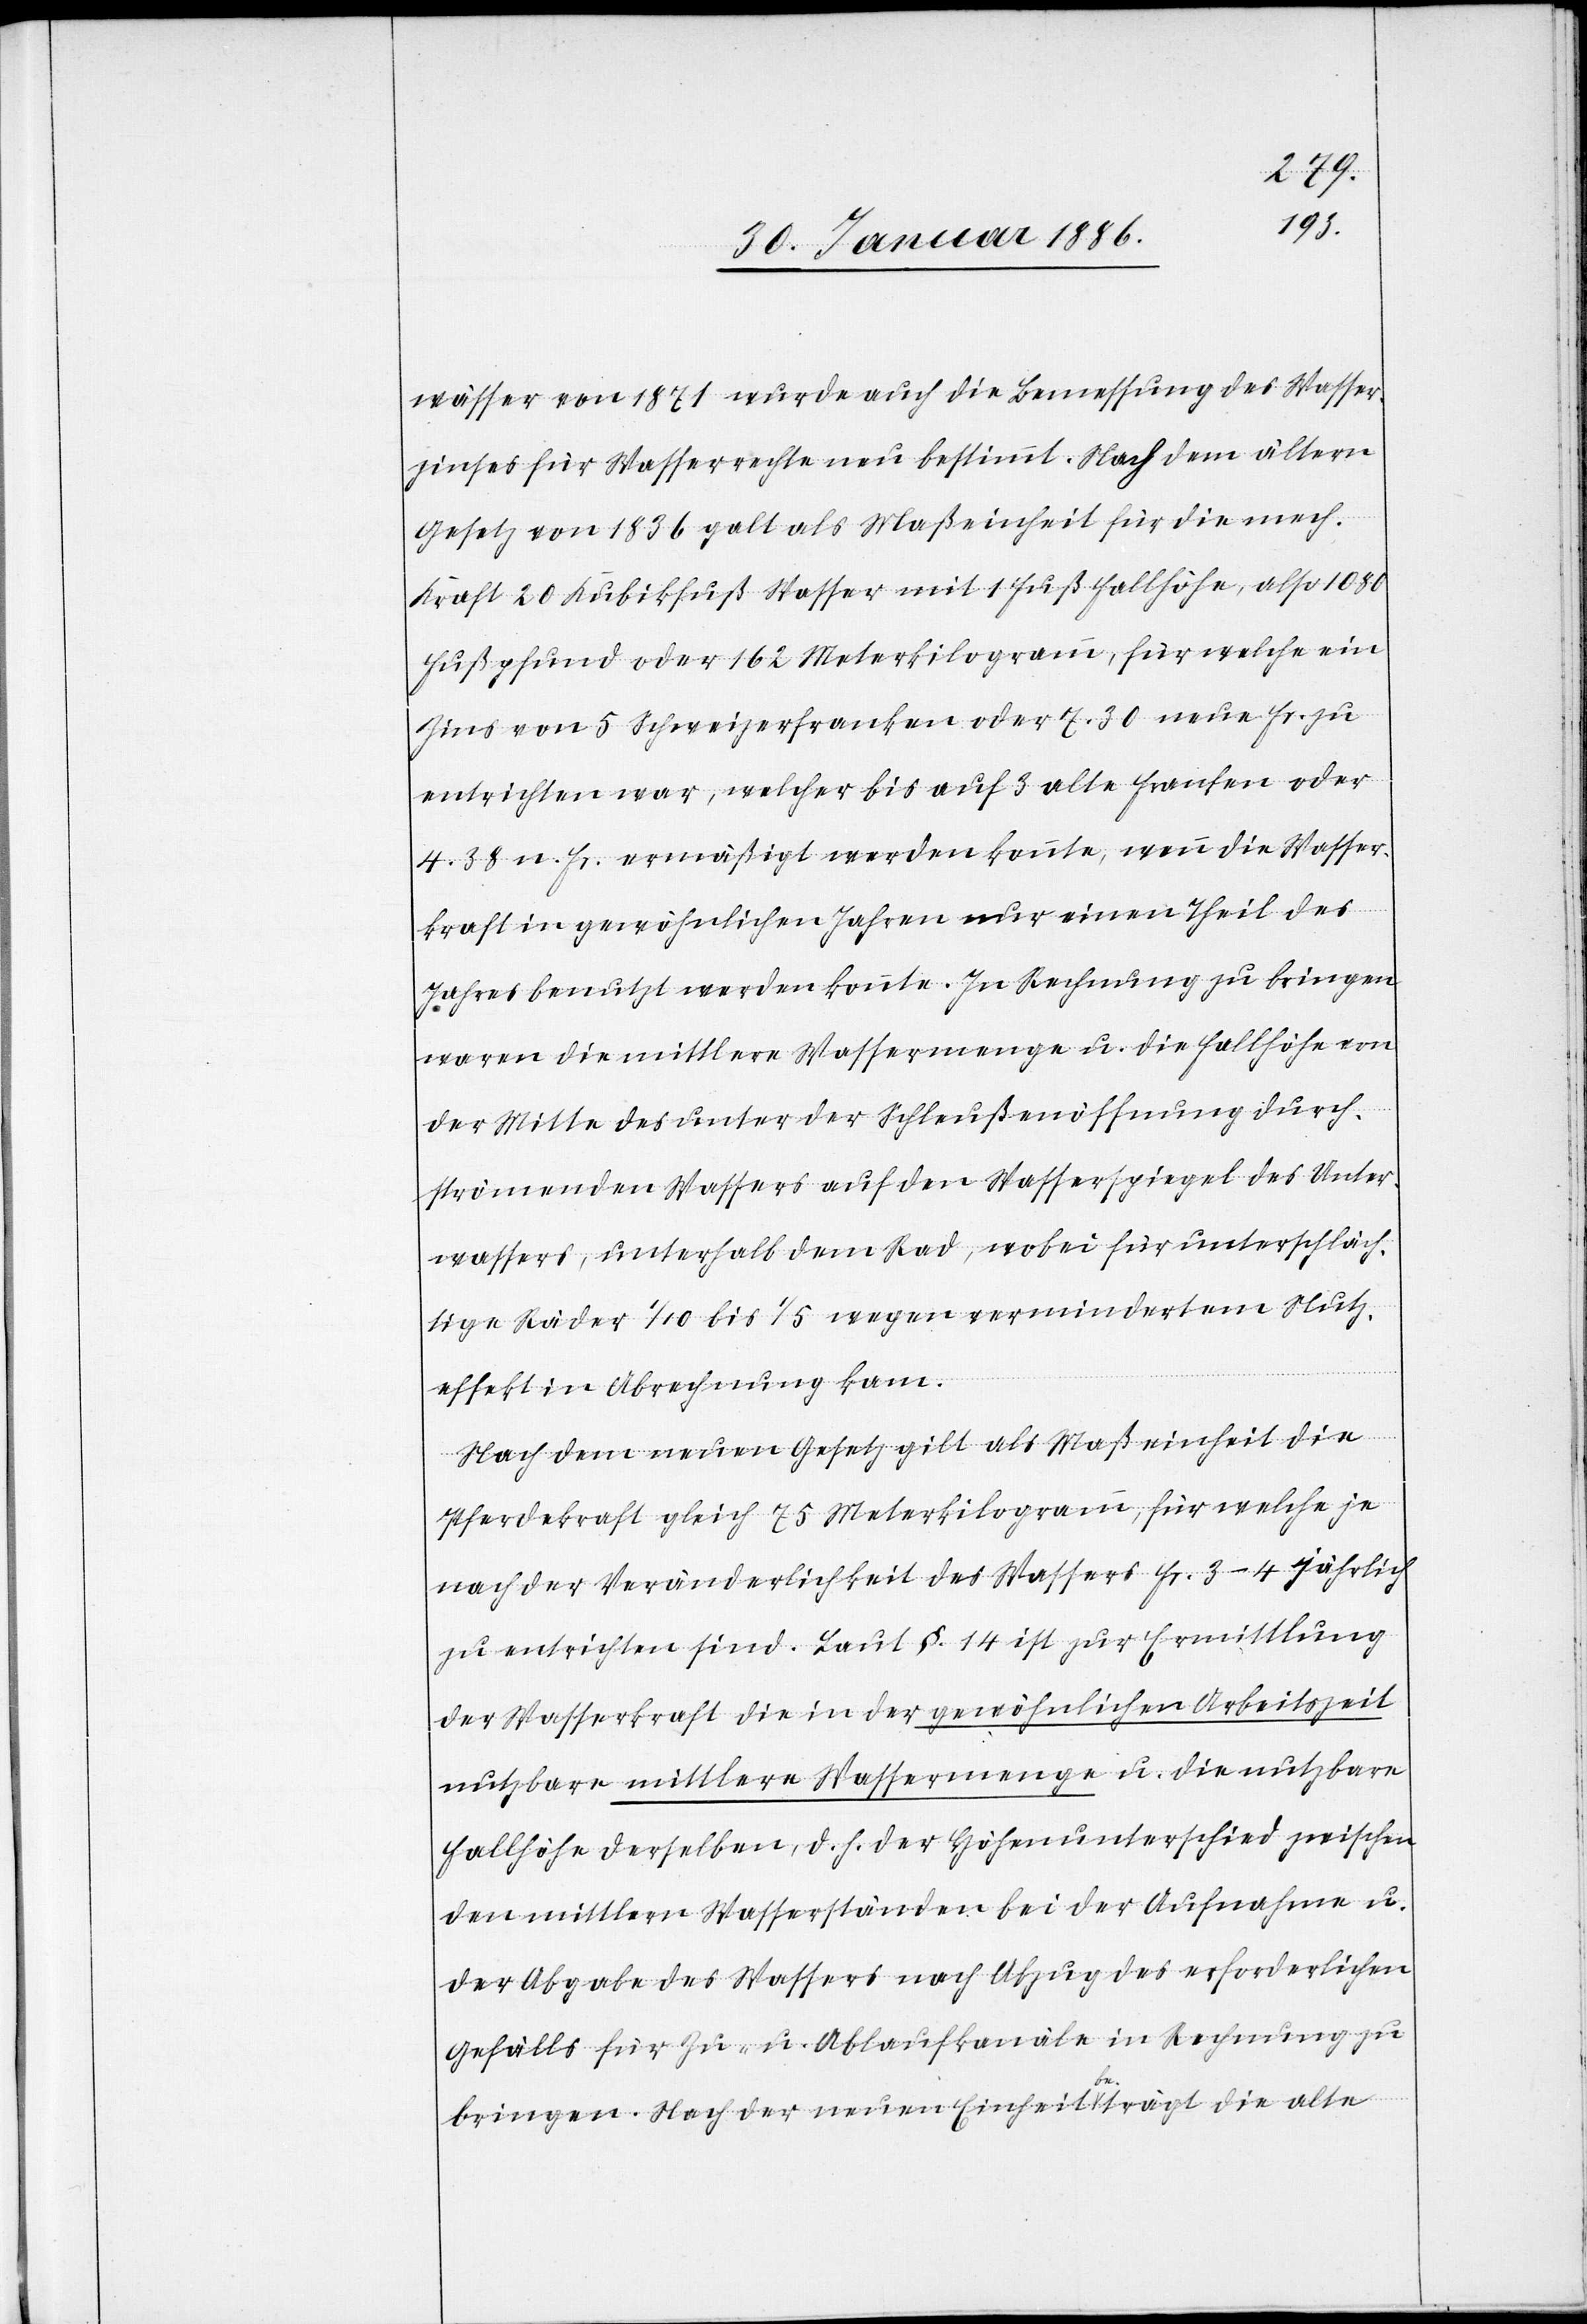
wässer von 1871 wurde auch die Bemessung des Wasser¬
zinses für Wasserrechte neu bestimmt. Nach dem ältern
Gesetz von 1836 galt als Maßeinheit für die mech.
Kraft 20 Kubikfuß Wasser mit 1 Fuß Fallhöhe, also 1080
Fußpfund oder 162 Meterkilogramm, für welche ein
Zins von 5 Schweizerfranken oder 7. 30 neue Fr. zu
entrichten war, welcher bis auf 3 alte Franken oder
4,38 n. Fr. ermäßigt werden konnte, wenn die Wasser¬
kraft in gewöhnlichen Jahren nur einen Theil des
Jahres benutzt werden könnte. In Rechnung zu bringen
waren die mittlere Wassermenge u. die Fallhöhe von
der Mitte des unter der Schlußöffnung durch¬
strömenden Wassers auf den Wasserspiegel des Unter¬
wassers, unterhalb dem Rad, wobei für unterschläch¬
tige Räder 1/10 bis 1/5 wegen verminderten Nutz¬
effekt in Abrechnung kam.
Nach dem neuen Gesetz gilt als Maßeinheit die
Pferdekraft gleich 75 Meterkilogramm, für welche je
nach der Veränderlichkeit des Wassers Fr. 3–4 jährlich
zu entrichten sind. Laut §. 14 ist zur Ermittlung
der Wasserkraft die in der gewöhnlichen Arbeitszeit
nutzbare mittlere Wassermenge u. die nutzbare
Fallhöhe derselben, d. h. der Höhenunterschied zwischen
den mittlern Wasserständen bei der Aufnahme u.
der Abgabe des Wassers nach Abzug des erforderlichen
Gefälls für Zu- u. Ablaufkanäle in Rechnung zu
bringen. Nach der neuen Einheit beträgt die alte